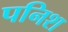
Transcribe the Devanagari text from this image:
पनिश